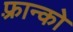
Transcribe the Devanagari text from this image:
फ़्रान्को